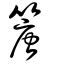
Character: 篖